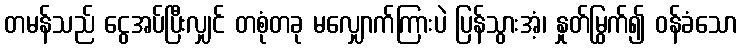
တမန်သည် ငွေအပ်ပြီးလျှင် တစုံတခု မလျှောက်ကြားပဲ ပြန်သွားအံ့၊ နှုတ်မြွက်၍ ဝန်ခံသော